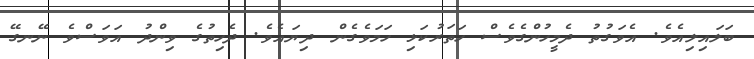
ބަލައިލިއެވެ. އެވަގުތު ދެމީހުންގެވެސް ހަތަރުކަޅި ހަމަވެގެން ދިޔައެވެ. ދެހިތުގެ ވިންދު އަވަސްވެ ނޭނގޭ